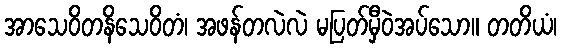
အာသေဝိတနိသေဝိတံ၊ အဖန်တလဲလဲ မပြတ်မှီဝဲအပ်သော။ တတိယံ၊